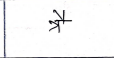
मजकूर: त्रै